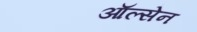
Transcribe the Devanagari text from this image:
ऑल्सेन